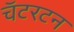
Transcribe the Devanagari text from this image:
चॅटरटन